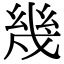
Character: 幾